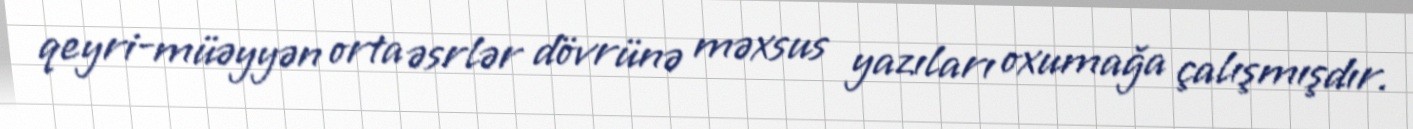
qeyri-müəyyən orta əsrlər dövrünə məxsus yazıları oxumağa çalışmışdır.